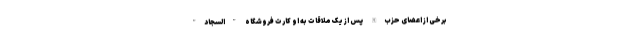
برخی از اعضای حزب‌الله پس از یک ملاقات به او کارت فروشگاه "السجاد"